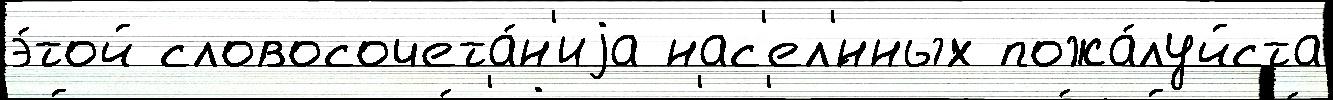
э́той словосочета́н'иjа нас'ел'́нных пожа́луйста